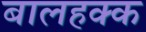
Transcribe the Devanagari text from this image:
बालहक्क